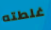
غلطته